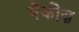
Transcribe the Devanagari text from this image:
येंकीज़